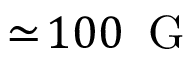
\simeq \! 1 0 0 \ensuremath { \, \mathrm { ~ G ~ } }